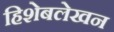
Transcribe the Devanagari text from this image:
हिशेबलेखन